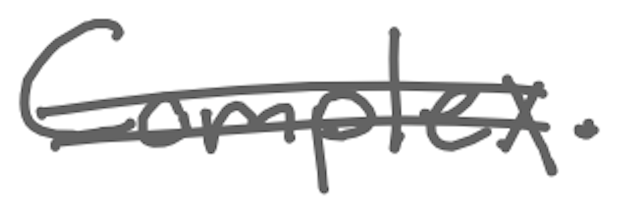
Text: Complex.
Cross-out: double-line
Writing tool: digital_gray